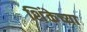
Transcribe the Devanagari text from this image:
शिंकेच्या